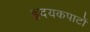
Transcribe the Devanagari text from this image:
हृदयकपाटों